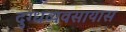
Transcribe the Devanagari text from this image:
दुग्धव्यवसायास